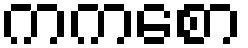
ကကစော